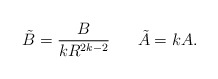
\begin{align*}\tilde{B}=\frac{B}{kR^{2k-2}} \;\;\;\;\;\; \tilde{A}=kA. \end{align*}